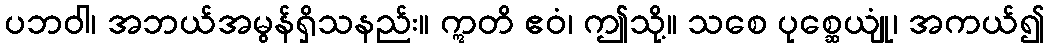
ပဘဝါ၊ အဘယ်အမွန်ရှိသနည်း။ ဣတိ ဧဝံ၊ ဤသို့။ သစေ ပုစ္ဆေယျုံ၊ အကယ်၍